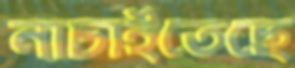
নাচাইতেছে